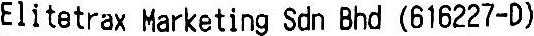
ELITETRAX MARKETING SDN BHD (616227-D)